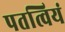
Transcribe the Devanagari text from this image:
पतत्वियं